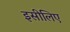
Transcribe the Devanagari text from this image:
इसीलिए